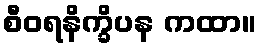
စီဝရနိက္ခိပန ကထာ။